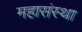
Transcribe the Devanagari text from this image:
महासंस्था